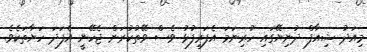
މިއަދު ޝިއާފް ދުނިޔޭގައި ހުރިނަމަ އެފަރިފުޅު ވެސް ވޭތުކުރަން ޖެހޭނީ އެފަދަ ހަޔާތަކެވެ.